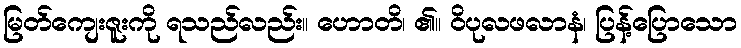
မြတ်ကျေးဇူးကို ရသည်လည်း။ ဟောတိ၊ ၏။ ဝိပုလဖလာနံ၊ ပြန့်ပြောသော